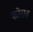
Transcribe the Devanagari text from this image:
कोराड